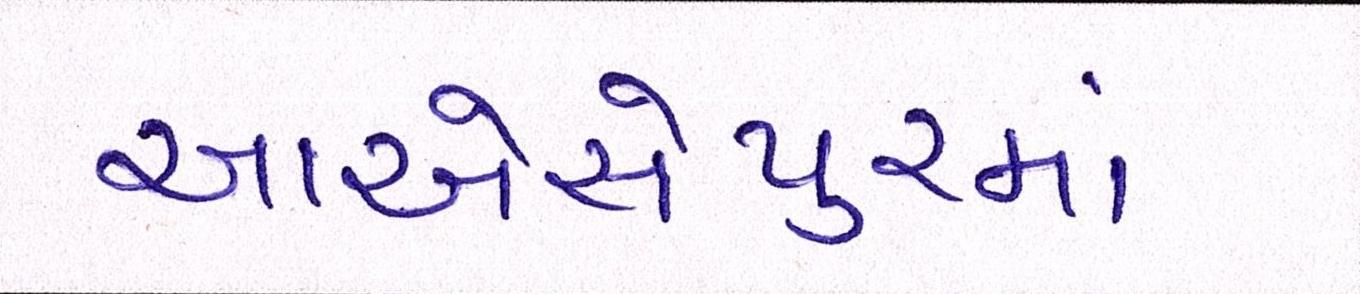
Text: આએએસપુરમાં